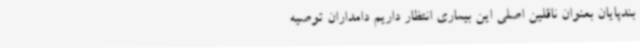
بندپایان بعنوان ناقلین اصلی این بیماری انتظار داریم دامداران توصیه